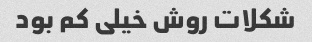
شکلات روش خیلی کم بود